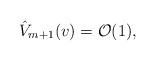
\begin{align*} \hat{V}_{m+1}(v)=\mathcal{O}(1),\end{align*}